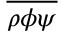
\overline { { \rho \phi \psi } }